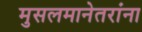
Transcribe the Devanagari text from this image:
मुसलमानेतरांना